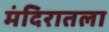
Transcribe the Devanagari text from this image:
मंदिरातला